Leaving Certificate Examination (including Day School Certificate (Higher) General paper), 1937
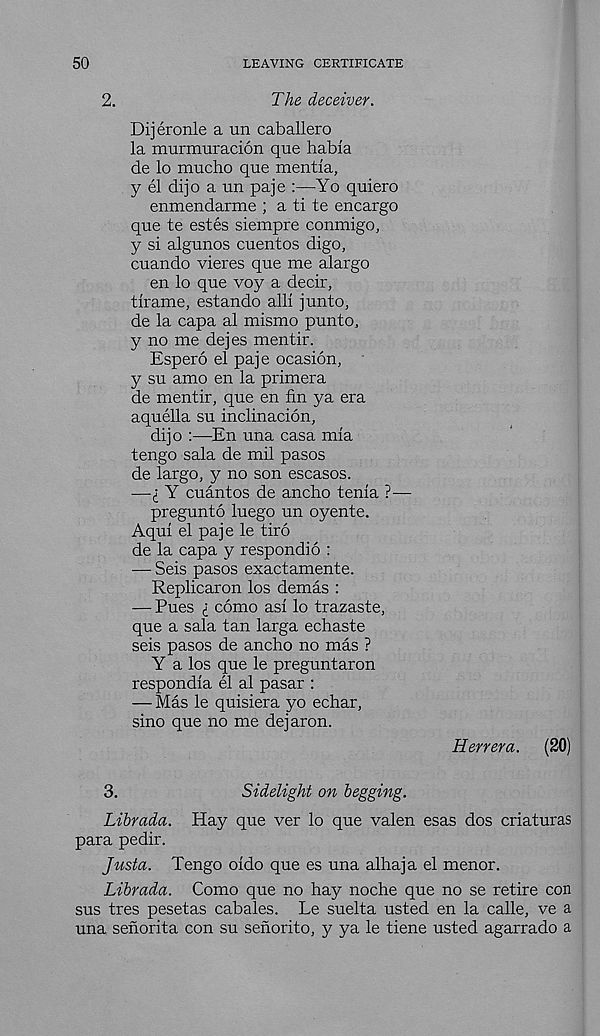
50
LEAVING CERTIFICATE
2.
The deceiver.
Dijeronle a un caballero
la murmuracion que habia
de lo mucho que mentia,
y el dijo a un paje :—Yo quiero
enmendarme ; a ti te encargo
que te estes siempre conmigo,
y si algunos cuentos digo,
cuando vieres que me alargo
en lo que voy a decir,
tirame, estando alii junto,
de la capa al mismo punto,
y no me dejes mentir.
Espero el paje ocasion,
y su amo en la primera
de mentir, que en fin ya era
aquella su inclination,
dijo —En una casa mia
tengo sala de mil pasos
de largo, y no son escasos.
—£ Y cuantos de ancho tenia ?—
pregunto luego un oyente.
Aqui el paje le tiro
de la capa y respond] 6 :
— Seis pasos exactamente.
Replicaron los demas :
— Pues £ como asi lo trazaste,
que a sala tan larga echaste
seis pasos de ancho no mas ?
Y a los que le preguntaron
respondia el al pasar :
— Mas le quisiera yo echar,
sino que no me dejaron.
Herrera.
(20)
Sidelight on begging.
3.
Librada. Hay que ver lo que valen esas dos criaturas
para pedir.
Justa. Tengo oido que es una alhaja el menor.
Librada. Como que no hay noche que no se retire con
sus tres pesetas cabales. Le suelta usted en la calle, ve a
una senorita con su senorito, y ya le tiene usted agarrado a